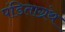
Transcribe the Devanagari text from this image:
पंडिताग्रंथ